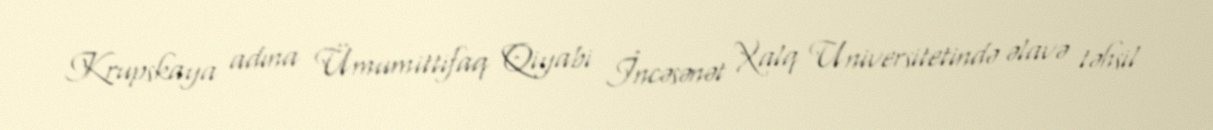
Krupskaya adına Ümumittifaq Qiyabi İncəsənət Xalq Universitetində əlavə təhsil